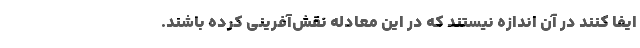
ایفا کنند در آن اندازه نیستند که در این معادله نقش‌آفرینی کرده باشند.